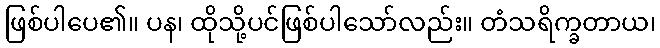
ဖြစ်ပါပေ၏။ ပန၊ ထိုသို့ပင်ဖြစ်ပါသော်လည်း။ တံသရိက္ခတာယ၊